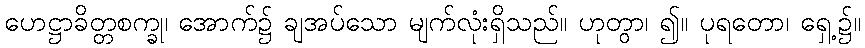
ဟေဋ္ဌာခိတ္တစက္ခု၊ အောက်၌ ချအပ်သော မျက်လုံးရှိသည်။ ဟုတွာ၊ ၍။ ပုရတော၊ ရှေ့၌။